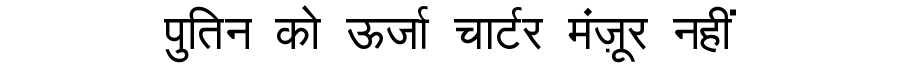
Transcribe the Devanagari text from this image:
पुतिन को ऊर्जा चार्टर मंज़ूर नहीं